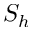
S _ { h }